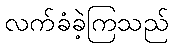
လက်ခံခဲ့ကြသည်